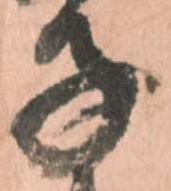
子